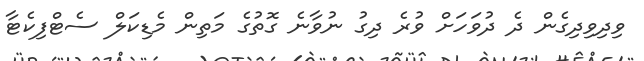
ވިދިވިދިގެން ދެ ދުވަހަށް ވުރެ ދިގު ނުވާނެ ގޮތުގެ މަތިން މެޑިކަލް ސެޓްފިކެޓާ